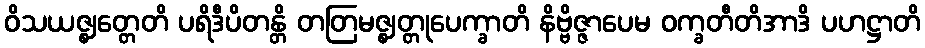
ဝိသယဇ္ဈတ္တေတိ ပရိဒီပိတန္တိ တတြမဇ္ဈတ္တုပေက္ခာတိ နိဗ္ဗိဇ္ဇာပေမ ဝက္ခတီတိအာဒိ ပဟဋ္ဌာတိ